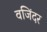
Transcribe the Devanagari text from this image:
वजिंदर